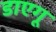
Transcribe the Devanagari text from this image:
डाएगू